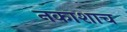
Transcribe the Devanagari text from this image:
नकाशाच